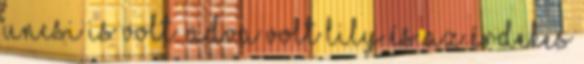
uncsi is volt. Adva volt Lily és az érdekes